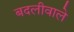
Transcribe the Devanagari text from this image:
बदलीवाले